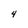
Character: 4